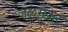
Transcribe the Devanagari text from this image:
जळमकर